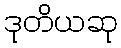
ဒုတိယဆု